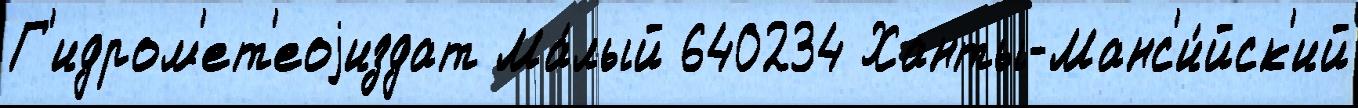
Г'идром'ет'еоjиздат Ма́лый 640234 Ханты-Манс'и́йск'ий